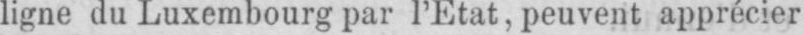
ligne du Luxembourg par l’Etat, peuvent apprécier